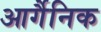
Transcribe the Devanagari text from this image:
आर्गैनिक